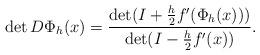
LaTeX: \begin{align*} \det D\Phi_h(x) = \frac{\det (I+\frac{h}{2}f'(\Phi_h(x)))}{\det(I-\frac{h}{2}f'(x))}.\end{align*}